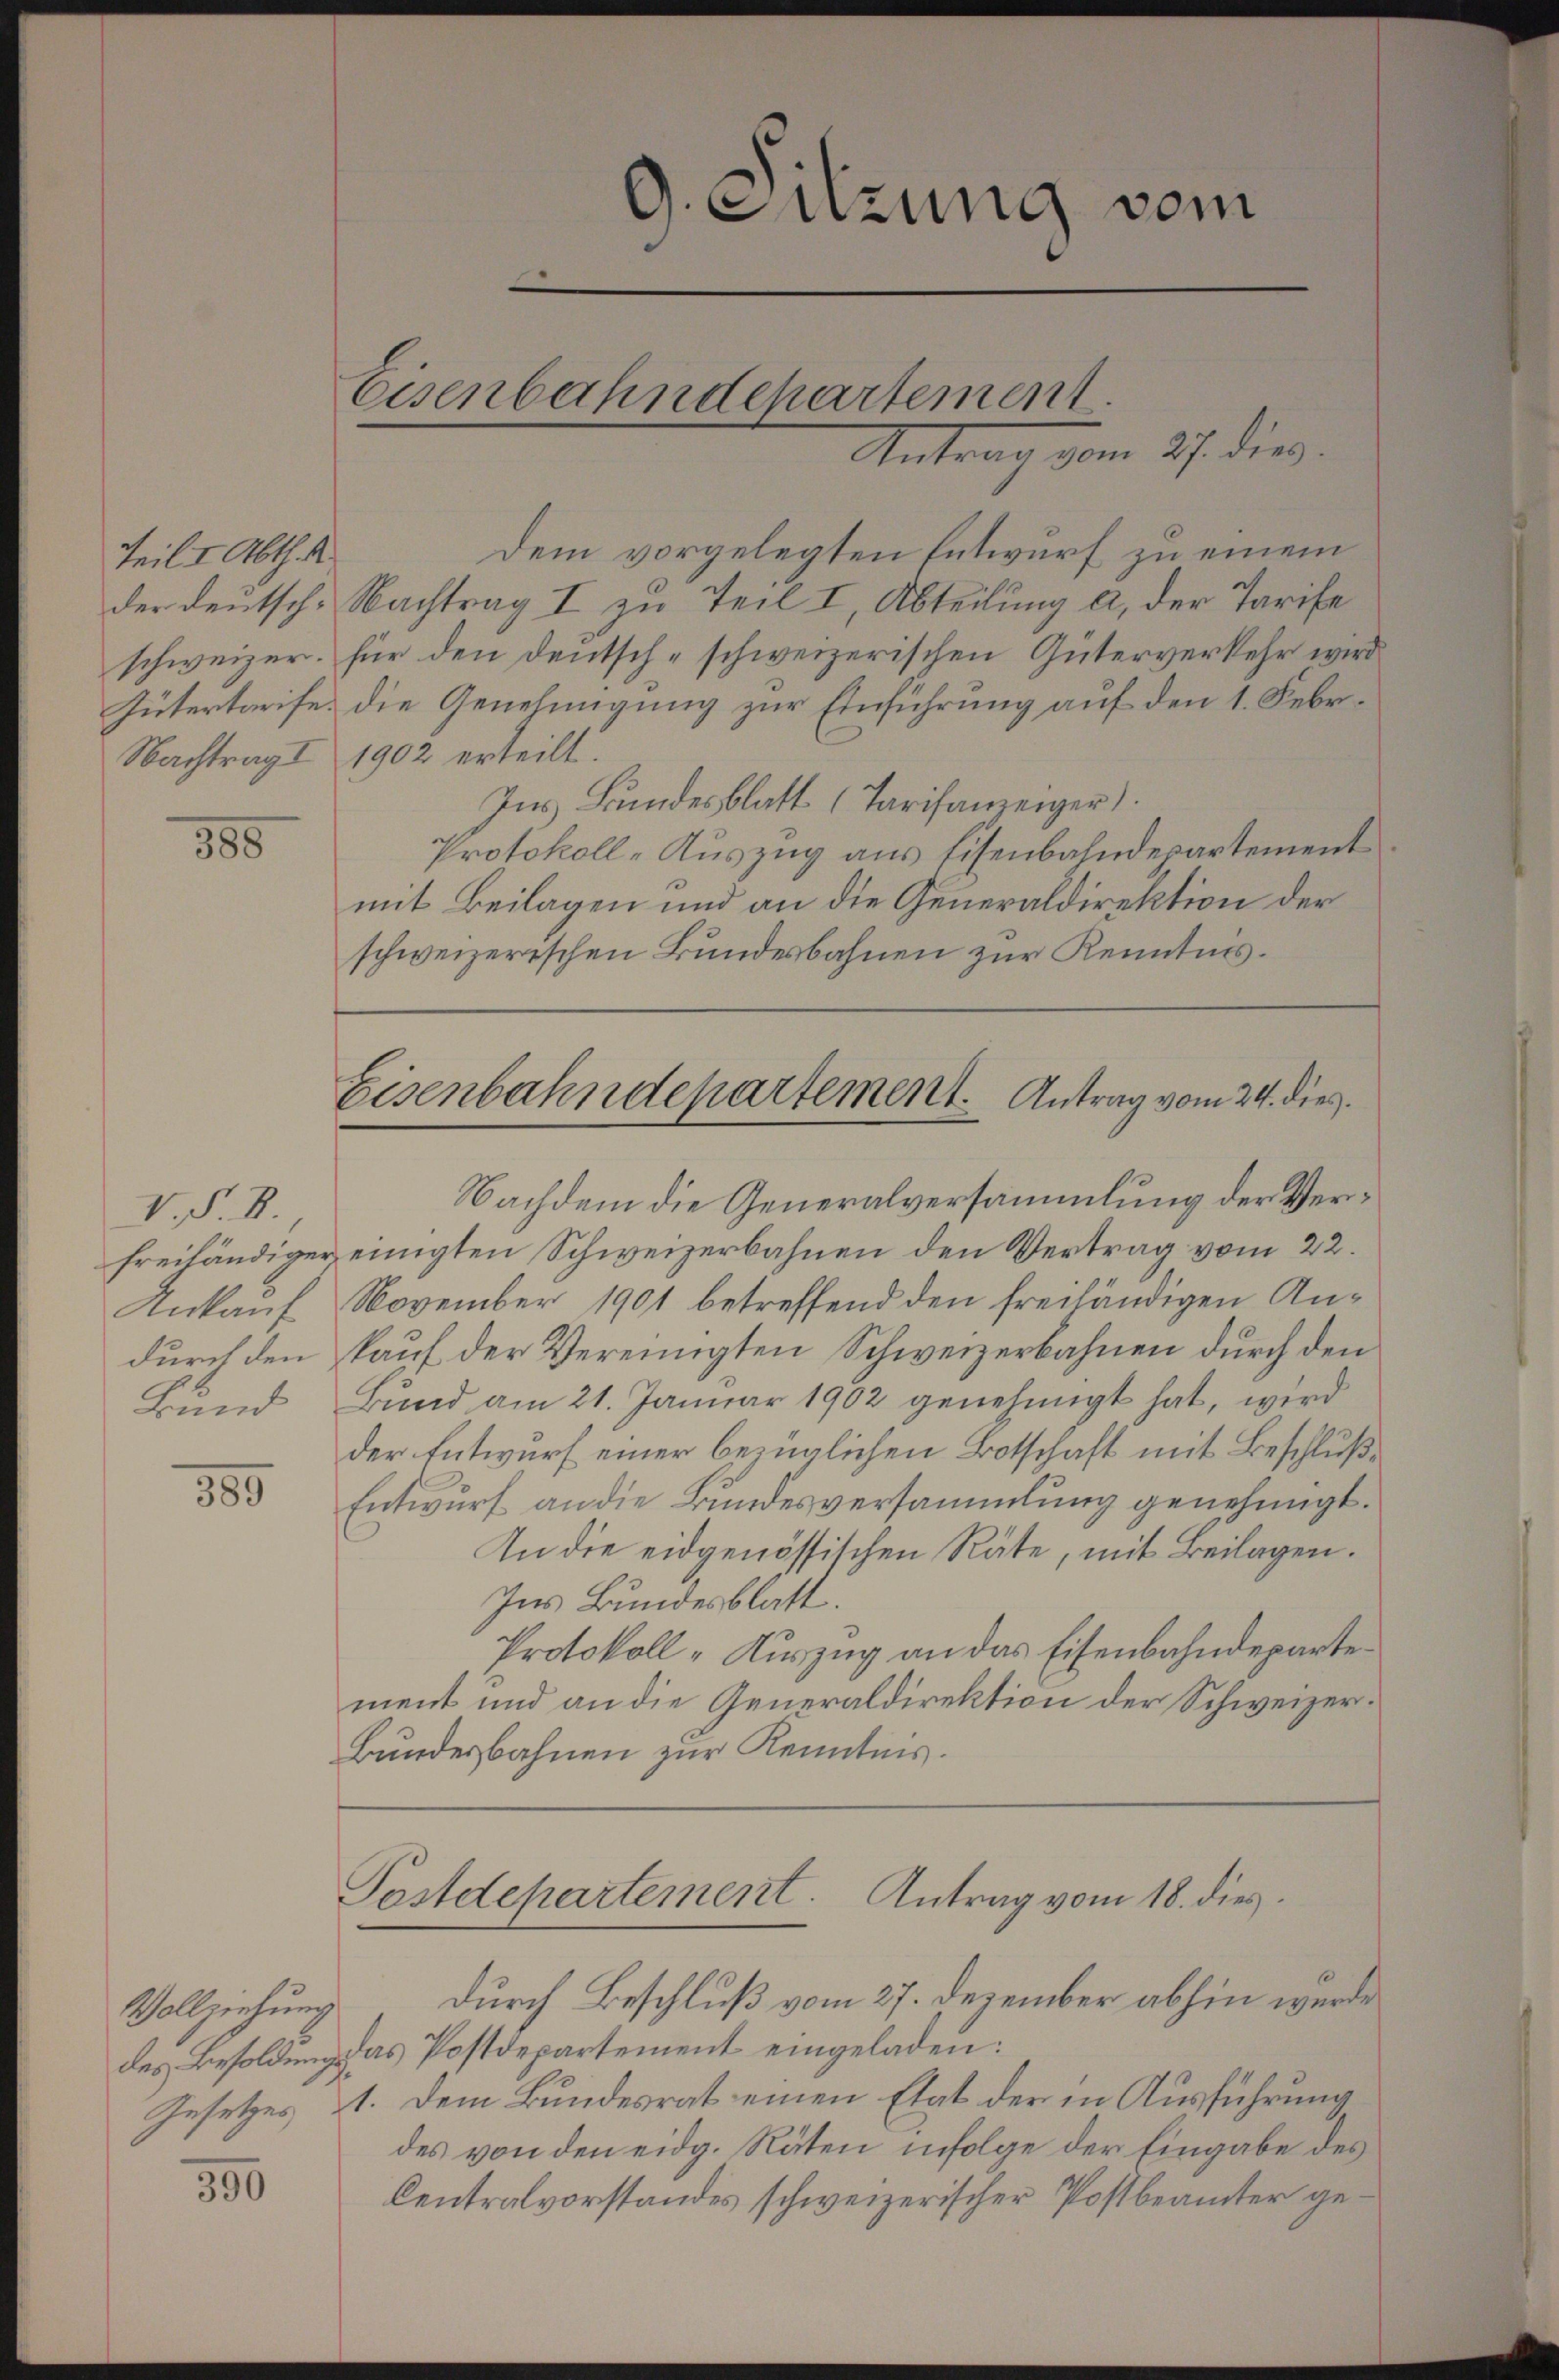
Teil II. Abth.

385

V. P. R.
Ankauf
durch den
Bund

389

Dem vorgelegten Entwurf zu einem
der deutsche Nachtrag I zu Teil I, Abteilung a, der Tarife
schweizer. für den Deutsch-schweizerischen Güterverkehr wird
Gütertarife die Genehmigung zur Einführung auf den 1. Febr.
Nachtrag I 1902 erteilt.
Ins Bundesblatt (Tarifanzeiger)
Protokoll-Auszug aus Eisenbahndepartement
mit Beilagen und an die Generaldirektion der
schweizerischen Bundesbahnen zur Kenntnis.

Vollziehung

350

Eisenbahndepartement

G. Sitzung vom

Antrag vom 27. dies

Eisenbahndepartement. Antrag vom 24. dies

Nachdem die Generalversammlung der Verfreihändiger einigten Schweizerbahnen den Vertrag vom 22.
November 1901 betreffend den freihändigen Ankauf der Vereinigten Schweizerbahnen durch den
Bund am 21. Januar 1902 genehmigt hat, wird
der Entwurf einer bezüglichen Botschaft mit Beschluße
Entwurf an die Bundesversammlung genehmigt.
An die eidgenössischen Räte, mit Beilagen.
Ins Bundesblatt.
Protokoll-Auszug an das Eisenbahndepartement und an die Generaldirektion der Schweizer¬
Bundesbahnen zur Kenntnis.

Postdepartement. Antrag vom 18. dies

durch Beschluß vom 27. Dezember abhin wurde
des Besoldung das Postdepartement eingeladen:
Gesetzes st. Dem Bundesrat einen Etat der in Ausführung
des von den eidg. Räten infolge der Eingabe des
Centralvorstandes schweizerischer Postbeamter ge¬